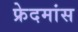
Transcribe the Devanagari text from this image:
फ्रेदमांस